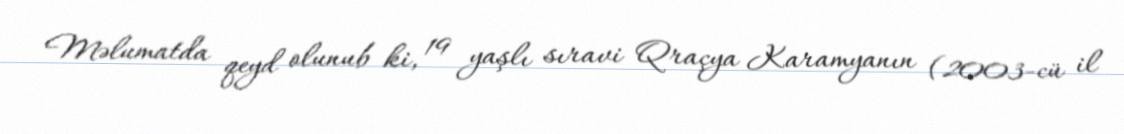
Məlumatda qeyd olunub ki, 19 yaşlı sıravi Qraçya Karamyanın (2003-cü il